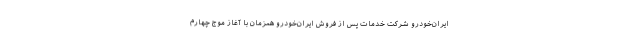
ایران‌خودرو شرکت خدمات پس از فروش ایران‌خودرو همزمان با آغاز موج چهارم